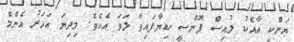
ޔަންކީ އާއެކު ލުއިސް ފޮންސީ ކިޔާފައިވާ ލަވަ އެކެވެ. މިދިޔަ އަހަރު އެންމެ